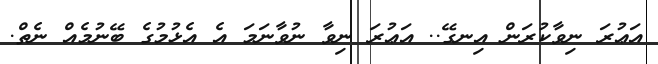
އަޢުރަ ނިވާކުރަން އިނގޭ.. އަޢުރަ ނިވާ ނުވާނަމަ އެ އެޅުމުގެ ބޭނުމެއް ނެތް.